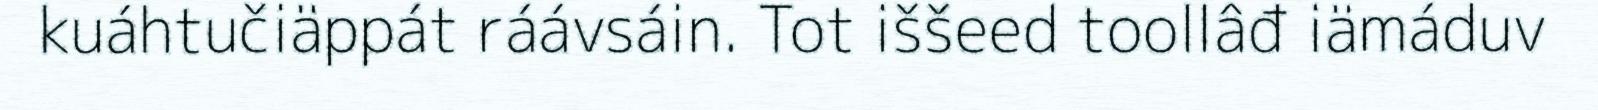
kuáhtučiäppát ráávsáin. Tot iššeed toollâđ iämáduv